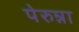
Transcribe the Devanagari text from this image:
पेरुन्ना